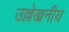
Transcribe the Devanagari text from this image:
उल्लेख्ननीय